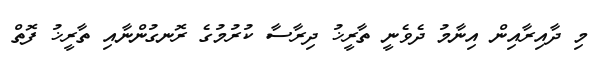
މި ދާއިރާއިން އިނާމު ދެވެނީ ތާރީޚު ދިރާސާ ކުރުމުގެ ރޮނގުންނާއި ތާރީޚު ފޮތް